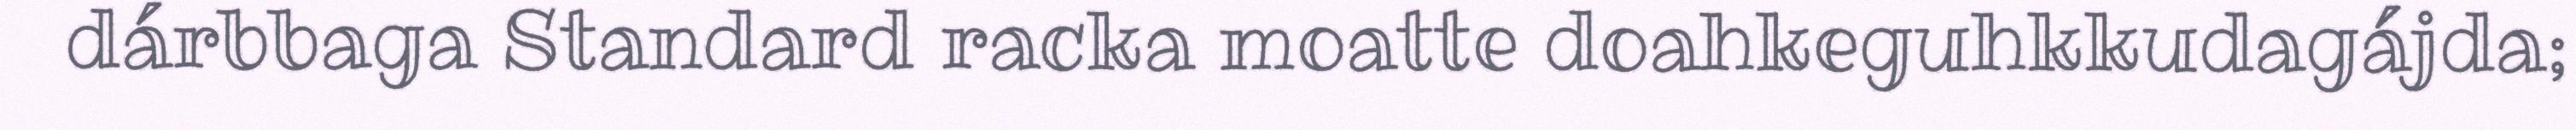
dárbbaga Standard racka moatte doahkeguhkkudagájda;